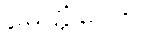
မေတ္တံသော